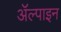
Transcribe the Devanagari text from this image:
ॲल्पाइन